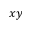
x y